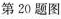
第20题图